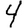
Digit: 4